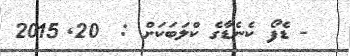
- ޑެފޯ ކެނެޑާގެ ކްލަބަކަށް :  20